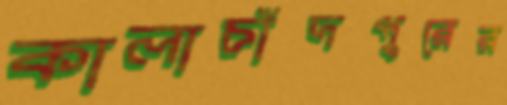
কালাচাঁদপুরের